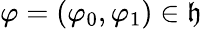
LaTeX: \varphi=(\varphi_{0},\varphi_{1})\in\mathfrak{h}